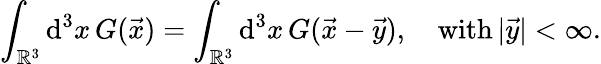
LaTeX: \int_{\mathbb{R}^{3}}\mathrm{d}^{3}x\, G(\vec{x})=\int_{\mathbb{R}^{3}}\mathrm{d}^{3}x\, G(\vec{x}-\vec{y}),\quad\mathrm{with}\, |\vec{y}|<\infty.